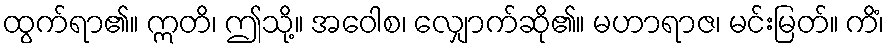
ထွက်ရာ၏။ ဣတိ၊ ဤသို့။ အဝေါစ၊ လျှောက်ဆို၏။ မဟာရာဇ၊ မင်းမြတ်။ ကိံ၊